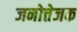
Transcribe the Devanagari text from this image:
जनोत्तेजक